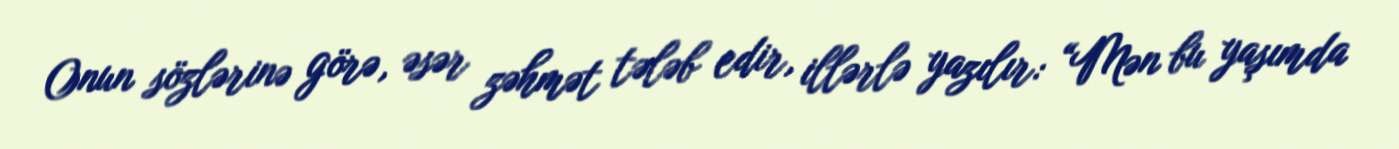
Onun sözlərinə görə, əsər zəhmət tələb edir, illərlə yazılır: “Mən bu yaşımda